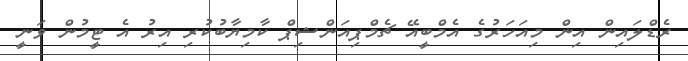
ރެޑްލައިން އިން މިއަހަރުގެ އެމްބީއޭ ޗެމްޕިއަންޝިޕް ކާމިޔާބުކުރި އިރު އެ ޓީމުން ވަނީ